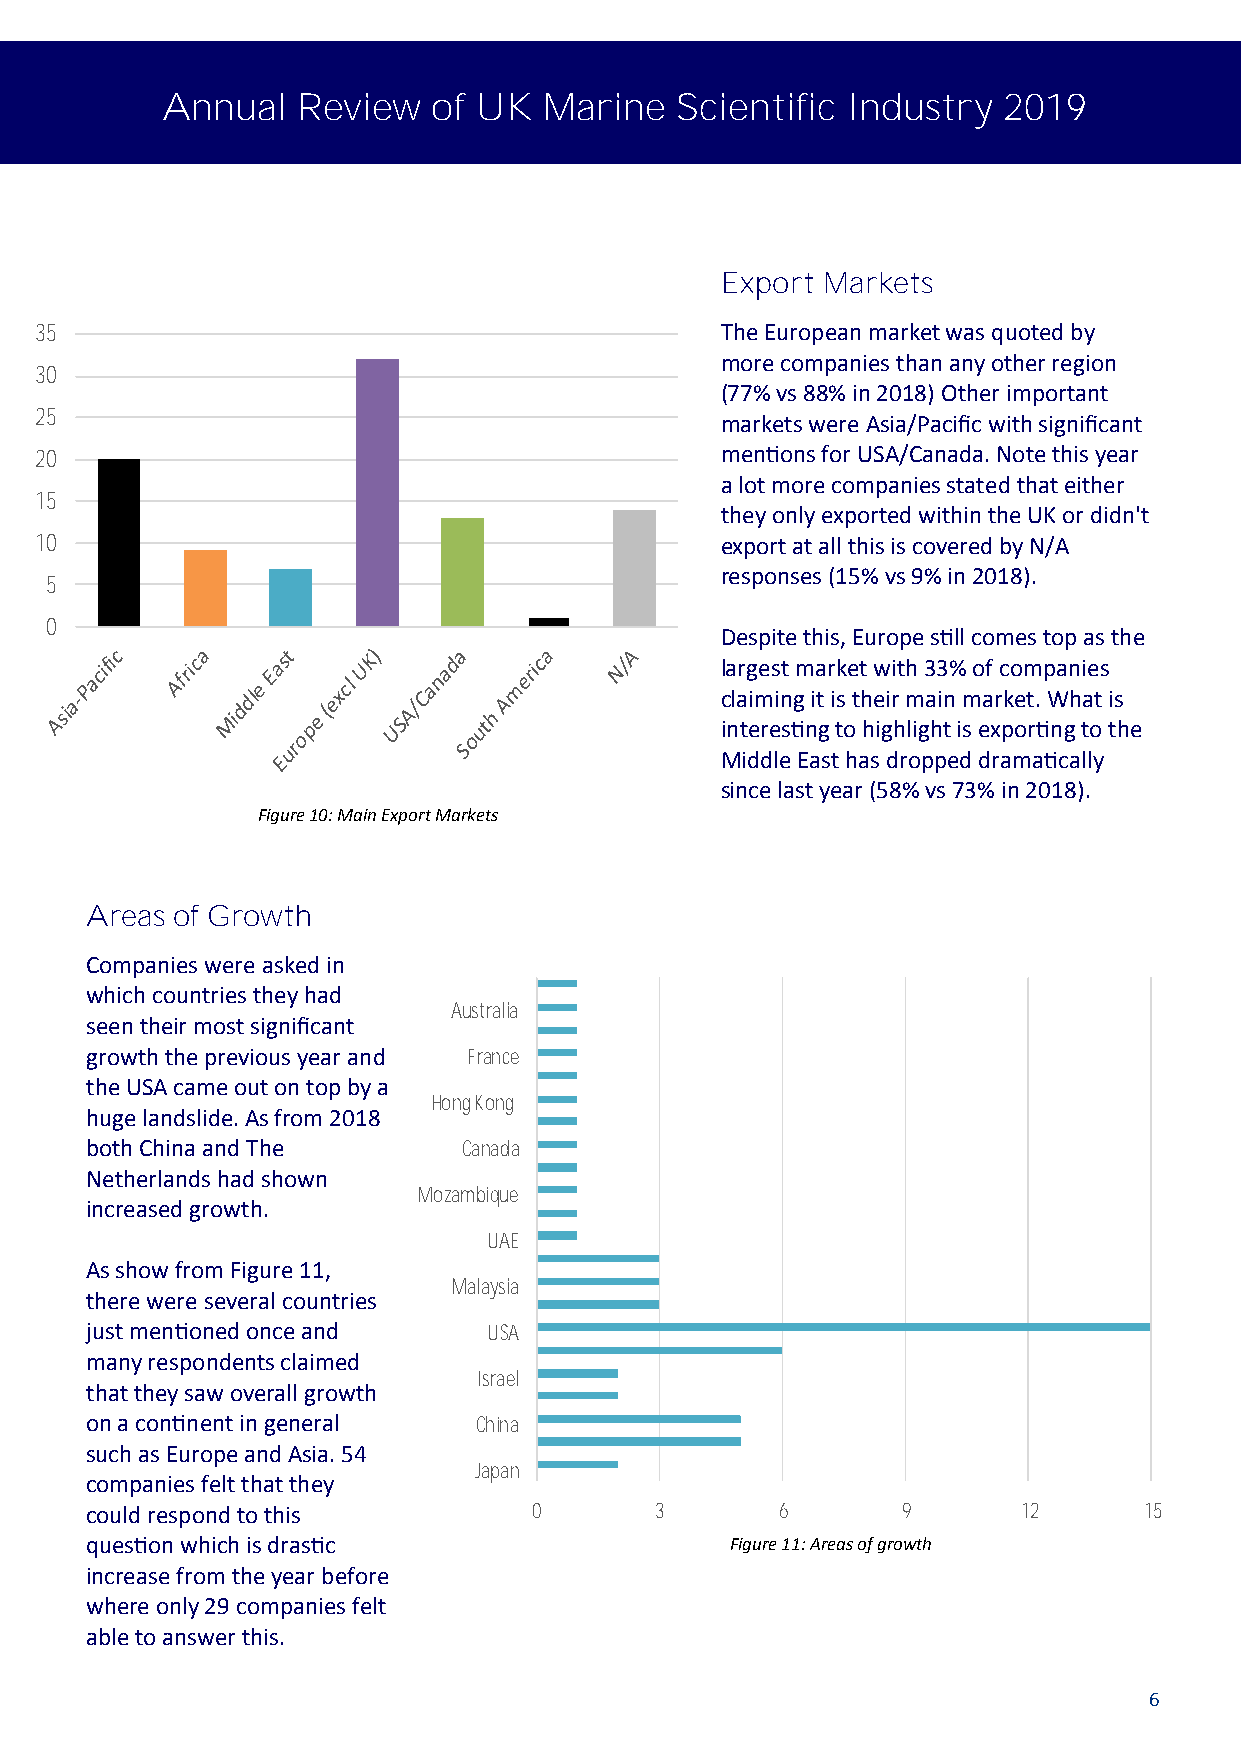
Annual   Review   of UK  Marine   Scientific Industry  2019
 Export Markets
 35                                            The European market was quoted by
 more companies than any other region
 30
 (77% vs 88% in 2018) Other important
 25
 markets were Asia/Pacific with significant
 20                                            mentions for USA/Canada. Note this year
 a lot more companies stated that either
 15
 they only exported within the UK or didn't
 10                                            export at all this is covered by N/A
 responses (15% vs 9% in 2018).
 5
 0
 Despite this, Europe still comes top as the
 largest market with 33% of companies
 claiming it is their main market. What is
 interesting to highlight is exporting to the
 Middle East has dropped dramatically
 since last year (58% vs 73% in 2018).
 Figure 10: Main Export Markets
 Areas of Growth
 Companies were asked in
 which countries they had
 Australia
 seen their most significant
 growth the previous year and France
 the USA came out on top by a
 Hong Kong
 huge landslide. As from 2018
 both China and The       Canada
 Netherlands had shown
 Mozambique
 increased growth.
 UAE
 As show from Figure 11,
 Malaysia
 there were several countries
 just mentioned once and   USA
 many respondents claimed
 Israel
 that they saw overall growth
 on a continent in general China
 such as Europe and Asia. 54
 Japan
 companies felt that they
 could respond to this        0       3        6       9       12      15
 question which is drastic                 Figure 11: Areas of growth
 increase from the year before
 where only 29 companies felt
 able to answer this.
 6